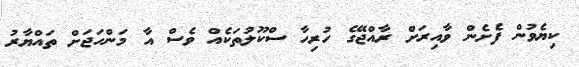
ކިޔެވުން ފެށެން ވާއިރަށް ރާއްޖޭގެ ހުރިހާ ސްކޫލުތަކެއް ވެސް އާ މަންހަޖަށް ތައްޔާރު